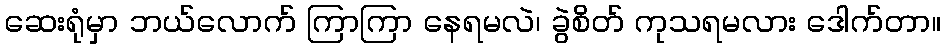
ဆေးရုံမှာ ဘယ်လောက် ကြာကြာ နေရမလဲ၊ ခွဲစိတ် ကုသရမလား ဒေါက်တာ။